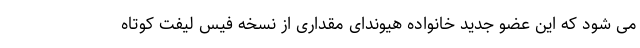
می شود که این عضو جدید خانواده هیوندای مقداری از نسخه فیس لیفت کوتاه